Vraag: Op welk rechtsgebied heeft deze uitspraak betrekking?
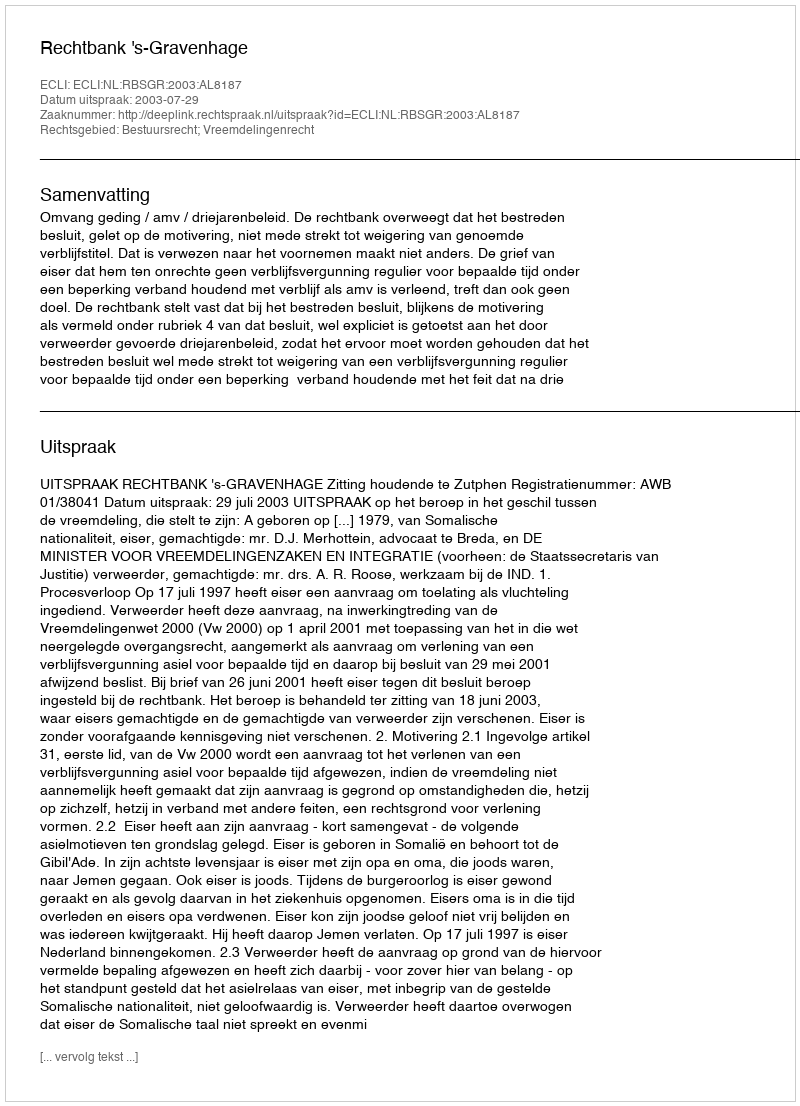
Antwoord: Bestuursrecht; Vreemdelingenrecht